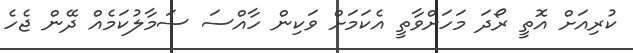
ކުރިއަށް އޮތީ ރޯދަ މަހަށްވާތީ އެކަމަށް ވަކިން ހާއްސަ ސަމާލުކަމެއް ދޭން ޖެެހެ